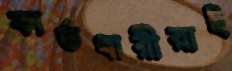
কার্ডধারীরাই